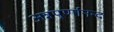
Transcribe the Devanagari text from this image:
अन्नपूर्णानन्द